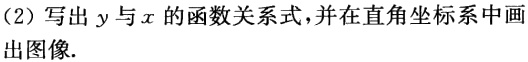
(2)写出\(y\)与\(x\)的函数关系式，并在直角坐标系中画出图像.